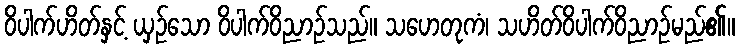
ဝိပါက်ဟိတ်နှင့် ယှဉ်သော ဝိပါက်ဝိညာဉ်သည်။ သဟေတုကံ၊ သဟိတ်ဝိပါက်ဝိညာဉ်မည်၏။